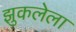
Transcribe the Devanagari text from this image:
झुकलेला